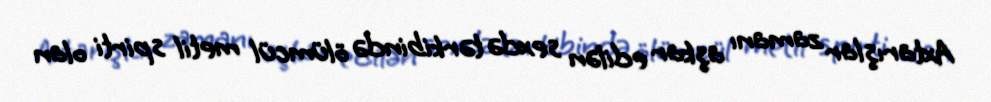
Axtarışlar zamanı aşkar edilən sexdə tərkibində ölümcül metil spirti olan